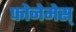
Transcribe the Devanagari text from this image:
फोनेमेस्